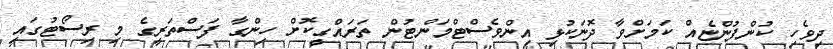
ދިވެހި ކުންފުންޏެއް ކަމަށްވާ ދޮނަކުޅި އިންވެސްޓްމަންޓުން ތަރައްގީކޮށް ހިންގާ ފަސްތަރީގެ މި ރިސޯޓުގައި